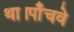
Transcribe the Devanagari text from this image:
था।पाँचवे